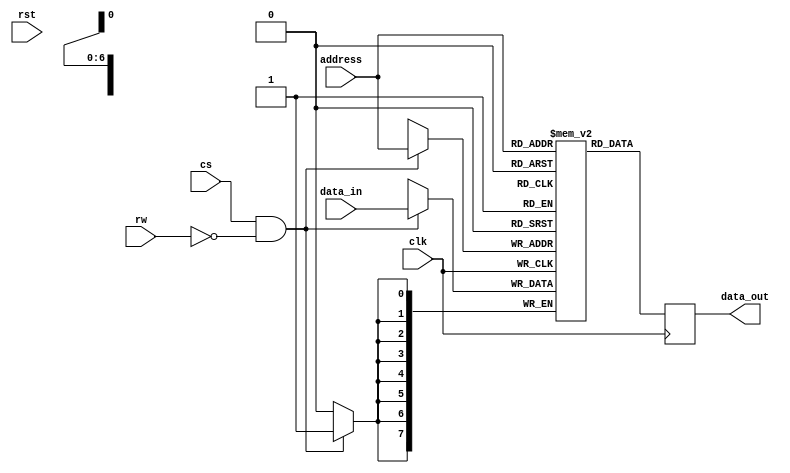
/* Copyright 2019 Jared Boone <jared@sharebrained.com>. Open-source license to be determined.
 */

`default_nettype none
`timescale 1ns / 100ps

module m6810(
	input  wire        clk,
	input  wire        rst,
	input  wire [ 6:0] address,
	input  wire        cs,
	input  wire        rw,
	input  wire [ 7:0] data_in,
	output reg  [ 7:0] data_out
);

wire we = !rw;

reg [7:0] mem[0:127];

always @(posedge clk) begin
	if(cs && we)
		mem[address] <= data_in;
	
	data_out <= mem[address];
end
	
endmodule